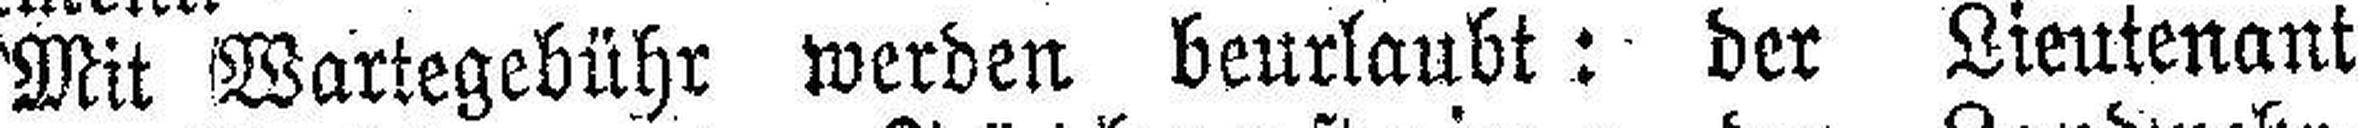
Mit Wartegebühr werden beurlaubt: der Lieutenant